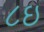
૮ઇ